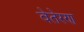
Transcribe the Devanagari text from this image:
वेतेरण